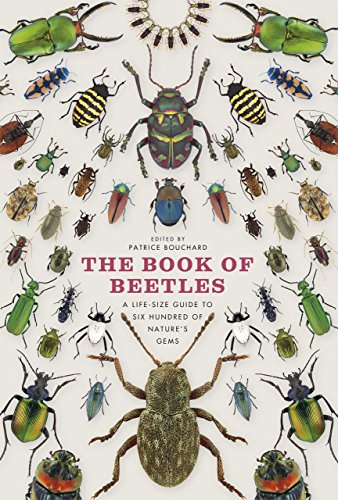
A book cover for The Book of Beetles: A Life-Size Guide to Six Hundred of Nature's Gems; Patrice Bouchard; Science & Math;